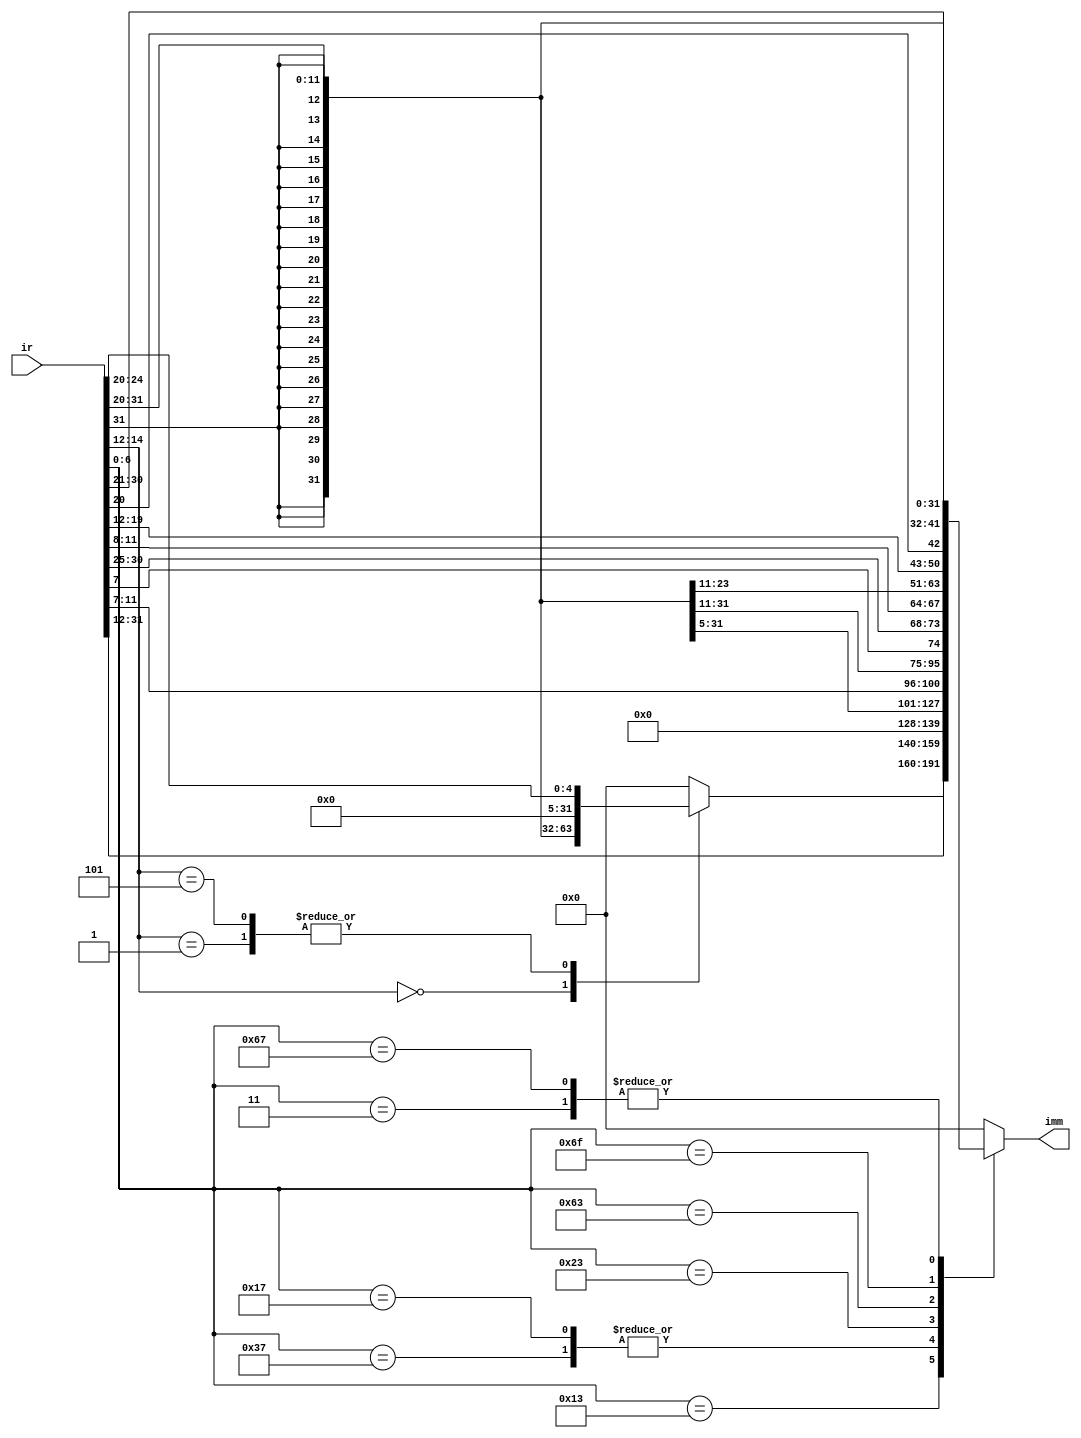
`timescale 1ns / 1ps
//////////////////////////////////////////////////////////////////////////////////
// Company: 
// Engineer: 
// 
// Design Name: 
// Module Name: imm_gen
// Project Name: 
// Target Devices: 
// Tool Versions: 
// Description: 
// 
// Dependencies: 
// 
// Revision:
// Revision 0.01 - File Created
// Additional Comments:
// 
//////////////////////////////////////////////////////////////////////////////////


module imm_gen(
    input     [31:0] ir,
    output reg [31:0] imm
    );
    parameter OPCODE_ALU = 7'b011_0011, OPCODE_ALU_IMM = 7'b001_0011, OPCODE_LUI = 7'b011_0111, OPCODE_AUIPC = 7'b001_0111,
              OPCODE_LOAD = 7'b000_0011, OPCODE_STORE = 7'b010_0011, OPCODE_BRANCH = 7'b110_0011,
              OPCODE_JAL = 7'b110_1111, OPCODE_JALR = 7'b110_0111;
    
    parameter FUNCT3_ADDI = 3'b000, FUNCT3_SLLI = 3'b001, FUNCT3_SRLI_SRAI = 3'b101;

    always @(*) begin
        case (ir[6:0])
            OPCODE_ALU:
                imm = 0;

            OPCODE_ALU_IMM: begin
                case (ir[14:12])
                    FUNCT3_ADDI:        imm = {{20{ir[31]}}, ir[31:20]};
                    FUNCT3_SLLI:        imm = {27'b0, ir[24:20]};
                    FUNCT3_SRLI_SRAI:   imm = {27'b0, ir[24:20]};
                    default: imm = 0;
                endcase
            end

            OPCODE_LUI:
                imm = {{ir[31:12]}, 12'b0};
            OPCODE_AUIPC:
                imm = {{ir[31:12]}, 12'b0};

            OPCODE_LOAD:
                imm = {{20{ir[31]}}, ir[31:20]};
            
            OPCODE_STORE:
                imm = {{20{ir[31]}}, ir[31:25], ir[11:7]};

            OPCODE_BRANCH:
                imm = {{20{ir[31]}}, ir[31], ir[7], ir[30:25], ir[11:8]};   // without left shift!

            OPCODE_JAL:
                imm = {{12{ir[31]}}, ir[31], ir[19:12], ir[20], ir[30:21]};        // without left shift!

            OPCODE_JALR:
                imm = {{20{ir[31]}}, ir[31:20]};

            default:
                imm = 0;
        endcase
    end
endmodule